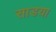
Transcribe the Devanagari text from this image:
साडया